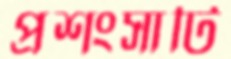
প্রশংসাটি